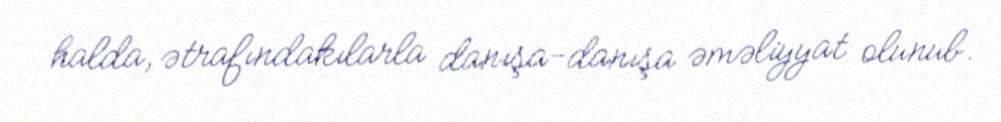
halda, ətrafındakılarla danışa-danışa əməliyyat olunub.